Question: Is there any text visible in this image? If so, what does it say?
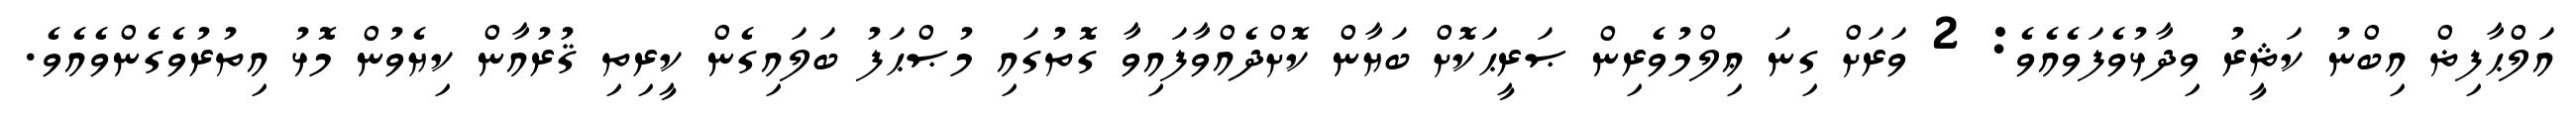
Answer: އަލްޙާފިޡް އިބްނު ކަޘީރު ވިދާޅުވެފަވެއެވެ: 2 ވަރަށް ގިނަ ޢިލްމުވެރިން ޞަރީޙަކޮށް ބަޔާން ކޮށްދެއްވާފައިވާ ގޮތުގައި މުޞްޙަފު ބަލައިގެން ކީރިތި ޤުރުއާން ކިޔެވުން މޮޅު އިތުރުވެގެންވެއެވެ.